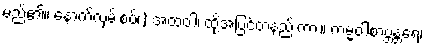
မည်၏။ နောက်လှမ်းစပ်၊) အထဝါ၊ ထို့အပြင်တနည်းကား။ ကမ္မဝါစာဗ္ဘန္တရေ၊